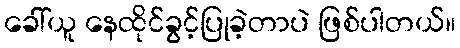
ခေါ်ယူ နေထိုင်ခွင့်ပြုခဲ့တာပဲ ဖြစ်ပါတယ်။